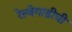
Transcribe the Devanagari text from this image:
रेल्वेगाडीची